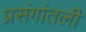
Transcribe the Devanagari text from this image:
प्रसंगांतली